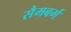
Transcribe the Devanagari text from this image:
सैमबर्ग